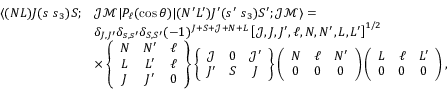
\begin{array} { r l } { \langle ( N L ) J ( s ~ s _ { 3 } ) S ; } & { \mathcal { J } \mathcal { M } | P _ { \ell } ( \cos \theta ) | ( N ^ { \prime } L ^ { \prime } ) J ^ { \prime } ( s ^ { \prime } ~ s _ { 3 } ) S ^ { \prime } ; \mathcal { J } \mathcal { M } \rangle = } \\ & { \delta _ { J , J ^ { \prime } } \delta _ { s , s ^ { \prime } } \delta _ { S , S ^ { \prime } } ( - 1 ) ^ { J + S + \mathcal { J } + N + L } \left[ \mathcal { J } , J , J ^ { \prime } , \ell , N , N ^ { \prime } , L , L ^ { \prime } \right] ^ { 1 / 2 } } \\ & { \times \left\{ \begin{array} { c c c } { N } & { N ^ { \prime } } & { \ell } \\ { L } & { L ^ { \prime } } & { \ell } \\ { J } & { J ^ { \prime } } & { 0 } \end{array} \right\} \left\{ \begin{array} { c c c } { \mathcal { J } } & { 0 } & { \mathcal { J } ^ { \prime } } \\ { J ^ { \prime } } & { S } & { J } \end{array} \right\} \left( \begin{array} { c c c } { N } & { \ell } & { N ^ { \prime } } \\ { 0 } & { 0 } & { 0 } \end{array} \right) \left( \begin{array} { c c c } { L } & { \ell } & { L ^ { \prime } } \\ { 0 } & { 0 } & { 0 } \end{array} \right) , } \end{array}